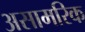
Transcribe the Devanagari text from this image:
असामरिक